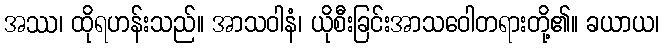
အဿ၊ ထိုရဟန်းသည်။ အာသဝါနံ၊ ယိုစီးခြင်းအာသဝေါတရားတို့၏။ ခယာယ၊